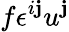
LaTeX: f\epsilon^{i\mathbf{j}}u^{\mathbf{j}}